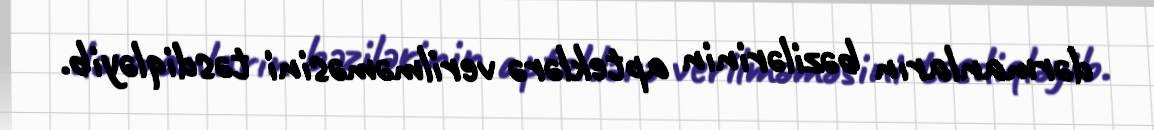
dərmanların bəzilərinin apteklərə verilməməsini təsdiqləyib.